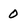
Character: 0